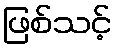
ဖြစ်သင့်